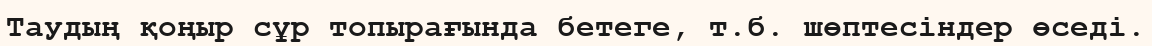
Таудың қоңыр сұр топырағында бетеге, т.б. шөптесіндер өседі.